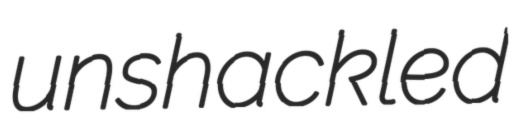
unshackled